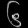
Digit: ၆